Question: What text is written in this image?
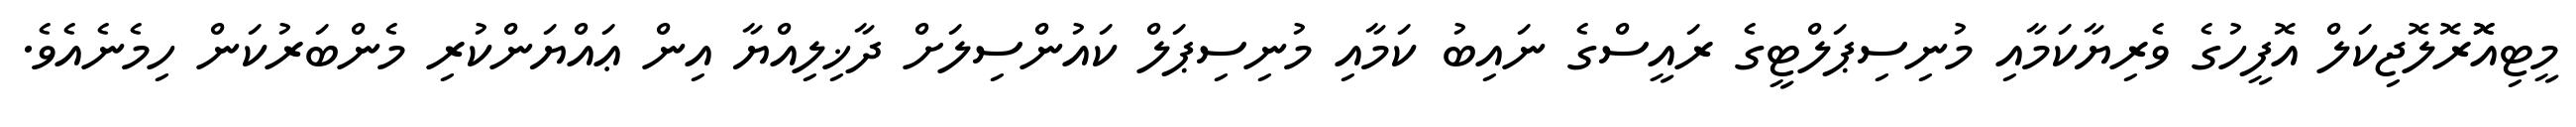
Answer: މީޓިއޮޮރޮލޮޖިކަލް އޮފީހުގެ ވެރިޔާކަމާއި މުނިސިޕަލްޓީގެ ރައީސްގެ ނައިބު ކަމާއި މުނިސިޕަލް ކައުންސިލަށް ދާޚިލިއްޔާ އިން ޢައްޔަންކުރި މެންބަރުކަން ހިމެނެއެވެ.